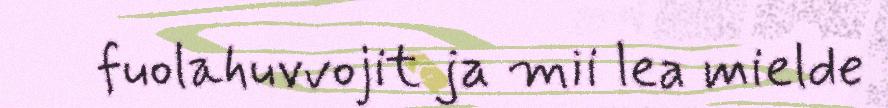
fuolahuvvojit ja mii lea mielde